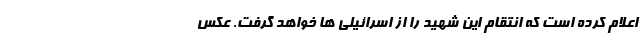
اعلام کرده است که انتقام این شهید را از اسرائیلی ها خواهد گرفت. عکس